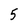
Character: 5